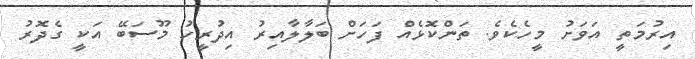
އިރުމަތީ އަވަށު މީހެކެވެ. ތަންކޮޅެއް ފަހަށް ބަލާލާއިރު އިދުރީހު މޫސަބޭ އަކީ ގެދޮރު